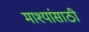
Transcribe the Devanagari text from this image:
माश्यांसाठी